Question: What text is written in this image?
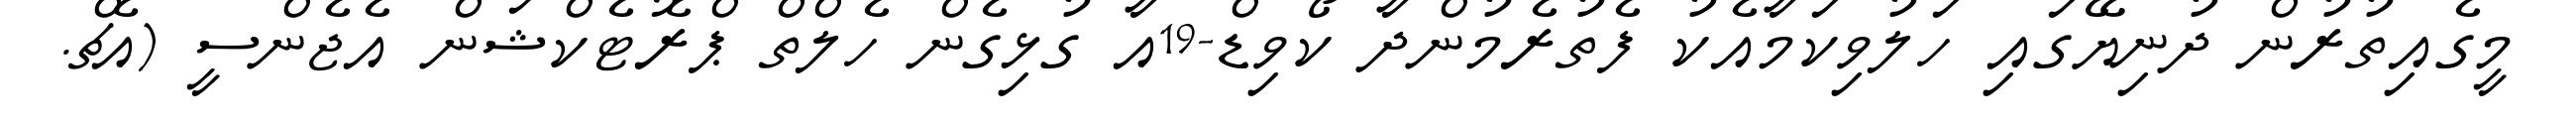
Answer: މީގެއިތުރުން ދުނިޔޭގައި ހަލުވިކަމާއެކު ފެތުރެމުންދާ ކޯވިޑް-19އާ ގުޅިގެން ހެލްތް ޕްރޮޓެކްޝަން އެޖެންސީ (އެޗް.